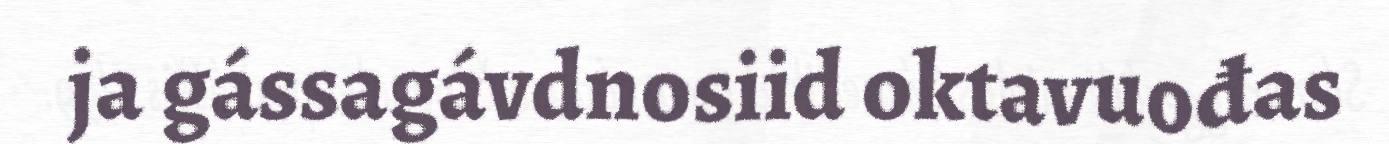
ja gássagávdnosiid oktavuođas